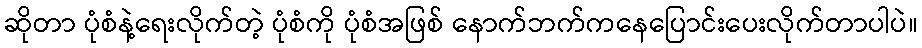
ဆိုတာ ပုံစံနဲ့ရေးလိုက်တဲ့ ပုံစံကို ပုံစံအဖြစ် နောက်ဘက်ကနေပြောင်းပေးလိုက်တာပါပဲ။